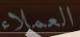
العملاء